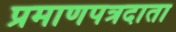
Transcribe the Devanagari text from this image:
प्रमाणपत्रदाता